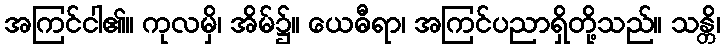
အကြင်ငါ၏။ ကုလမှိ၊ အိမ်၌။ ယေဓီရာ၊ အကြင်ပညာရှိတို့သည်။ သန္တိ၊